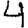
Digit: 4